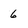
Character: 6